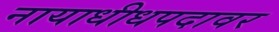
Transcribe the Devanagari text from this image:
नायाधीधपदावर